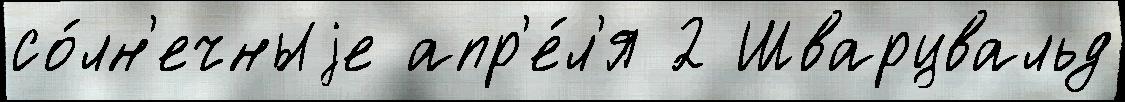
со́лн'ечныjе апр'е́л'я 2 Шварцвальд